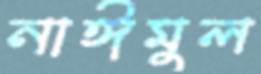
নাঈমুল